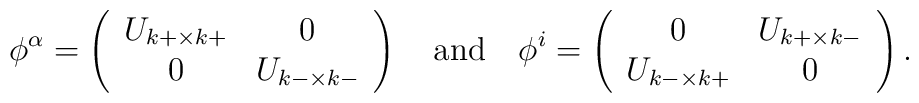
\phi^{\alpha}=\left(  \begin{array}{cc}	U_{k+\times k+}  &  0  \\	0  &  U_{k-\times k-} \end{array} \right)~~~{\rm and}~~~\phi^{i}=\left(   \begin{array}{cc}	0  &  U_{k+ \times k-}  \\	U_{k-\times k+}  &  0  \end{array}  \right).